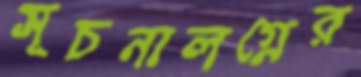
সূচনালগ্নের